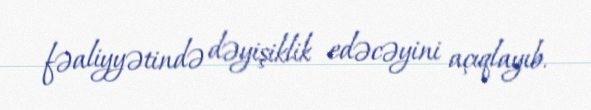
fəaliyyətində dəyişiklik edəcəyini açıqlayıb.